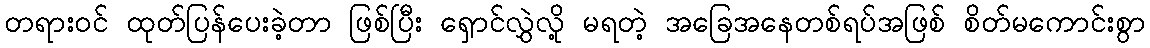
တရားဝင် ထုတ်ပြန်ပေးခဲ့တာ ဖြစ်ပြီး ရှောင်လွှဲလို့ မရတဲ့ အခြေအနေတစ်ရပ်အဖြစ် စိတ်မကောင်းစွာ